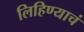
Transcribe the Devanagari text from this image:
लिहिण्याचं